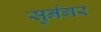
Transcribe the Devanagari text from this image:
सुर्नगर